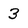
Character: 3